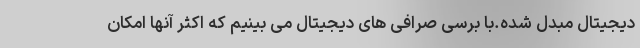
دیجیتال مبدل شده.با برسی صرافی های دیجیتال می بینیم که اکثر آنها امکان